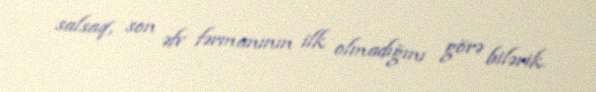
salsaq, son əfv fərmanının ilk olmadığını görə bilərik.